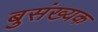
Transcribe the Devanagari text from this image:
बुसंख्यक